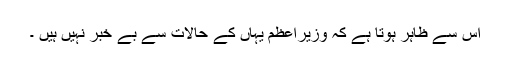
اس سے ظاہر ہوتا ہے کہ وزیراعظم یہاں کے حالات سے بے خبر نہیں ہیں ۔